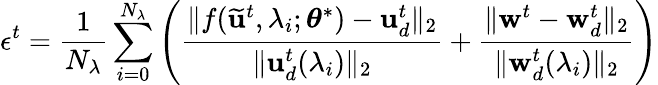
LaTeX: \epsilon^{t}=\frac{1}{N_{\lambda}}\sum_{i=0}^{N_{\lambda}}\left(\frac{\lVert f(\mathbf{\widetilde{u}}^{t},\lambda_{i};\boldsymbol{\theta}^{*})-\mathbf{u}_{d}^{t}\rVert_{2}}{\lVert\mathbf{u}_{d}^{t}(\lambda_{i})\rVert_{2}}+\frac{\lVert\mathbf{w}^{t}-\mathbf{w}_{d}^{t}\rVert_{2}}{\lVert\mathbf{w}_{d}^{t}(\lambda_{i})\rVert_{2}}\right)